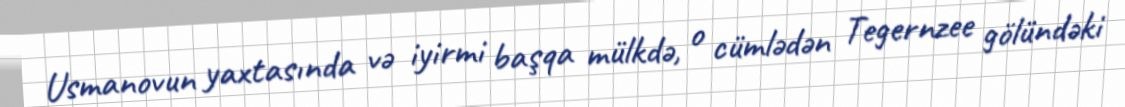
Usmanovun yaxtasında və iyirmi başqa mülkdə, o cümlədən Tegernzee gölündəki